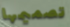
تصميمها